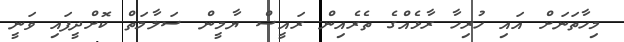
މިހާތަނަށް އައި ހުރިހާ ރާޅެއްގެ ތެރެއިން ރައީސް ޔާމީން ސަލާމަތް ކޮށްދީފައި ވަނީ